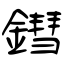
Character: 鏏